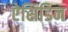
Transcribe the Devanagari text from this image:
ऐसिडिन